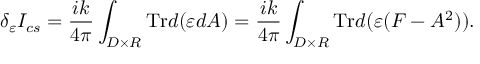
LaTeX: \delta _ { \varepsilon } I _ { c s } = \frac { i k } { 4 \pi } \int _ { D \times R } \mathrm { T r } d ( \varepsilon d A ) = \frac { i k } { 4 \pi } \int _ { D \times R } \mathrm { T r } d ( \varepsilon ( F - A ^ { 2 } ) ) .